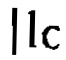
$11c$